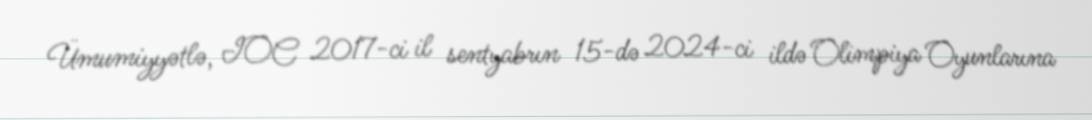
Ümumiyyətlə, IOC 2017-ci il sentyabrın 15-də 2024-ci ildə Olimpiya Oyunlarına